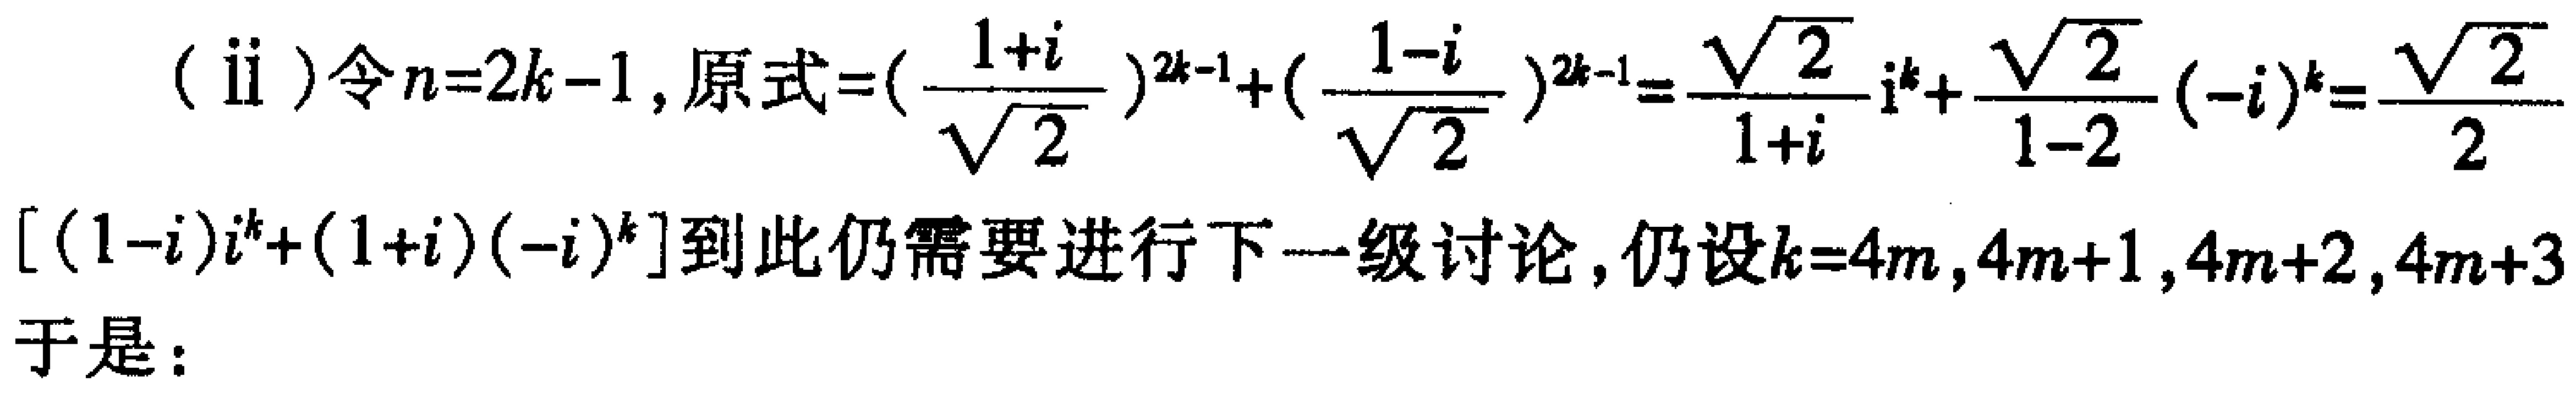
(ii) 令\(n = 2k - 1\)，原式\(= (\frac{1 + i}{\sqrt{2}})^{2k - 1} + (\frac{1 - i}{\sqrt{2}})^{2k - 1} = \frac{\sqrt{2}}{1 + i}i^{k}+\frac{\sqrt{2}}{1 - 2}(-i)^{k}=\frac{\sqrt{2}}{2}[(1 - i)i^{k}+(1 + i)(-i)^{k}]\)到此仍需要进行下一级讨论，仍设\(k = 4m,4m + 1,4m + 2,4m + 3\)

于是：